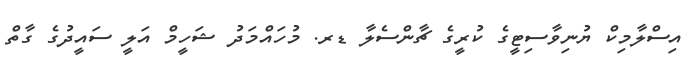
އިސްލާމިކް ޔުނިވާސިޓީގެ ކުރީގެ ޗާންސެލާ ޑރ. މުހައްމަދު ޝަހީމް އަލީ ސައީދުގެ ގާތް